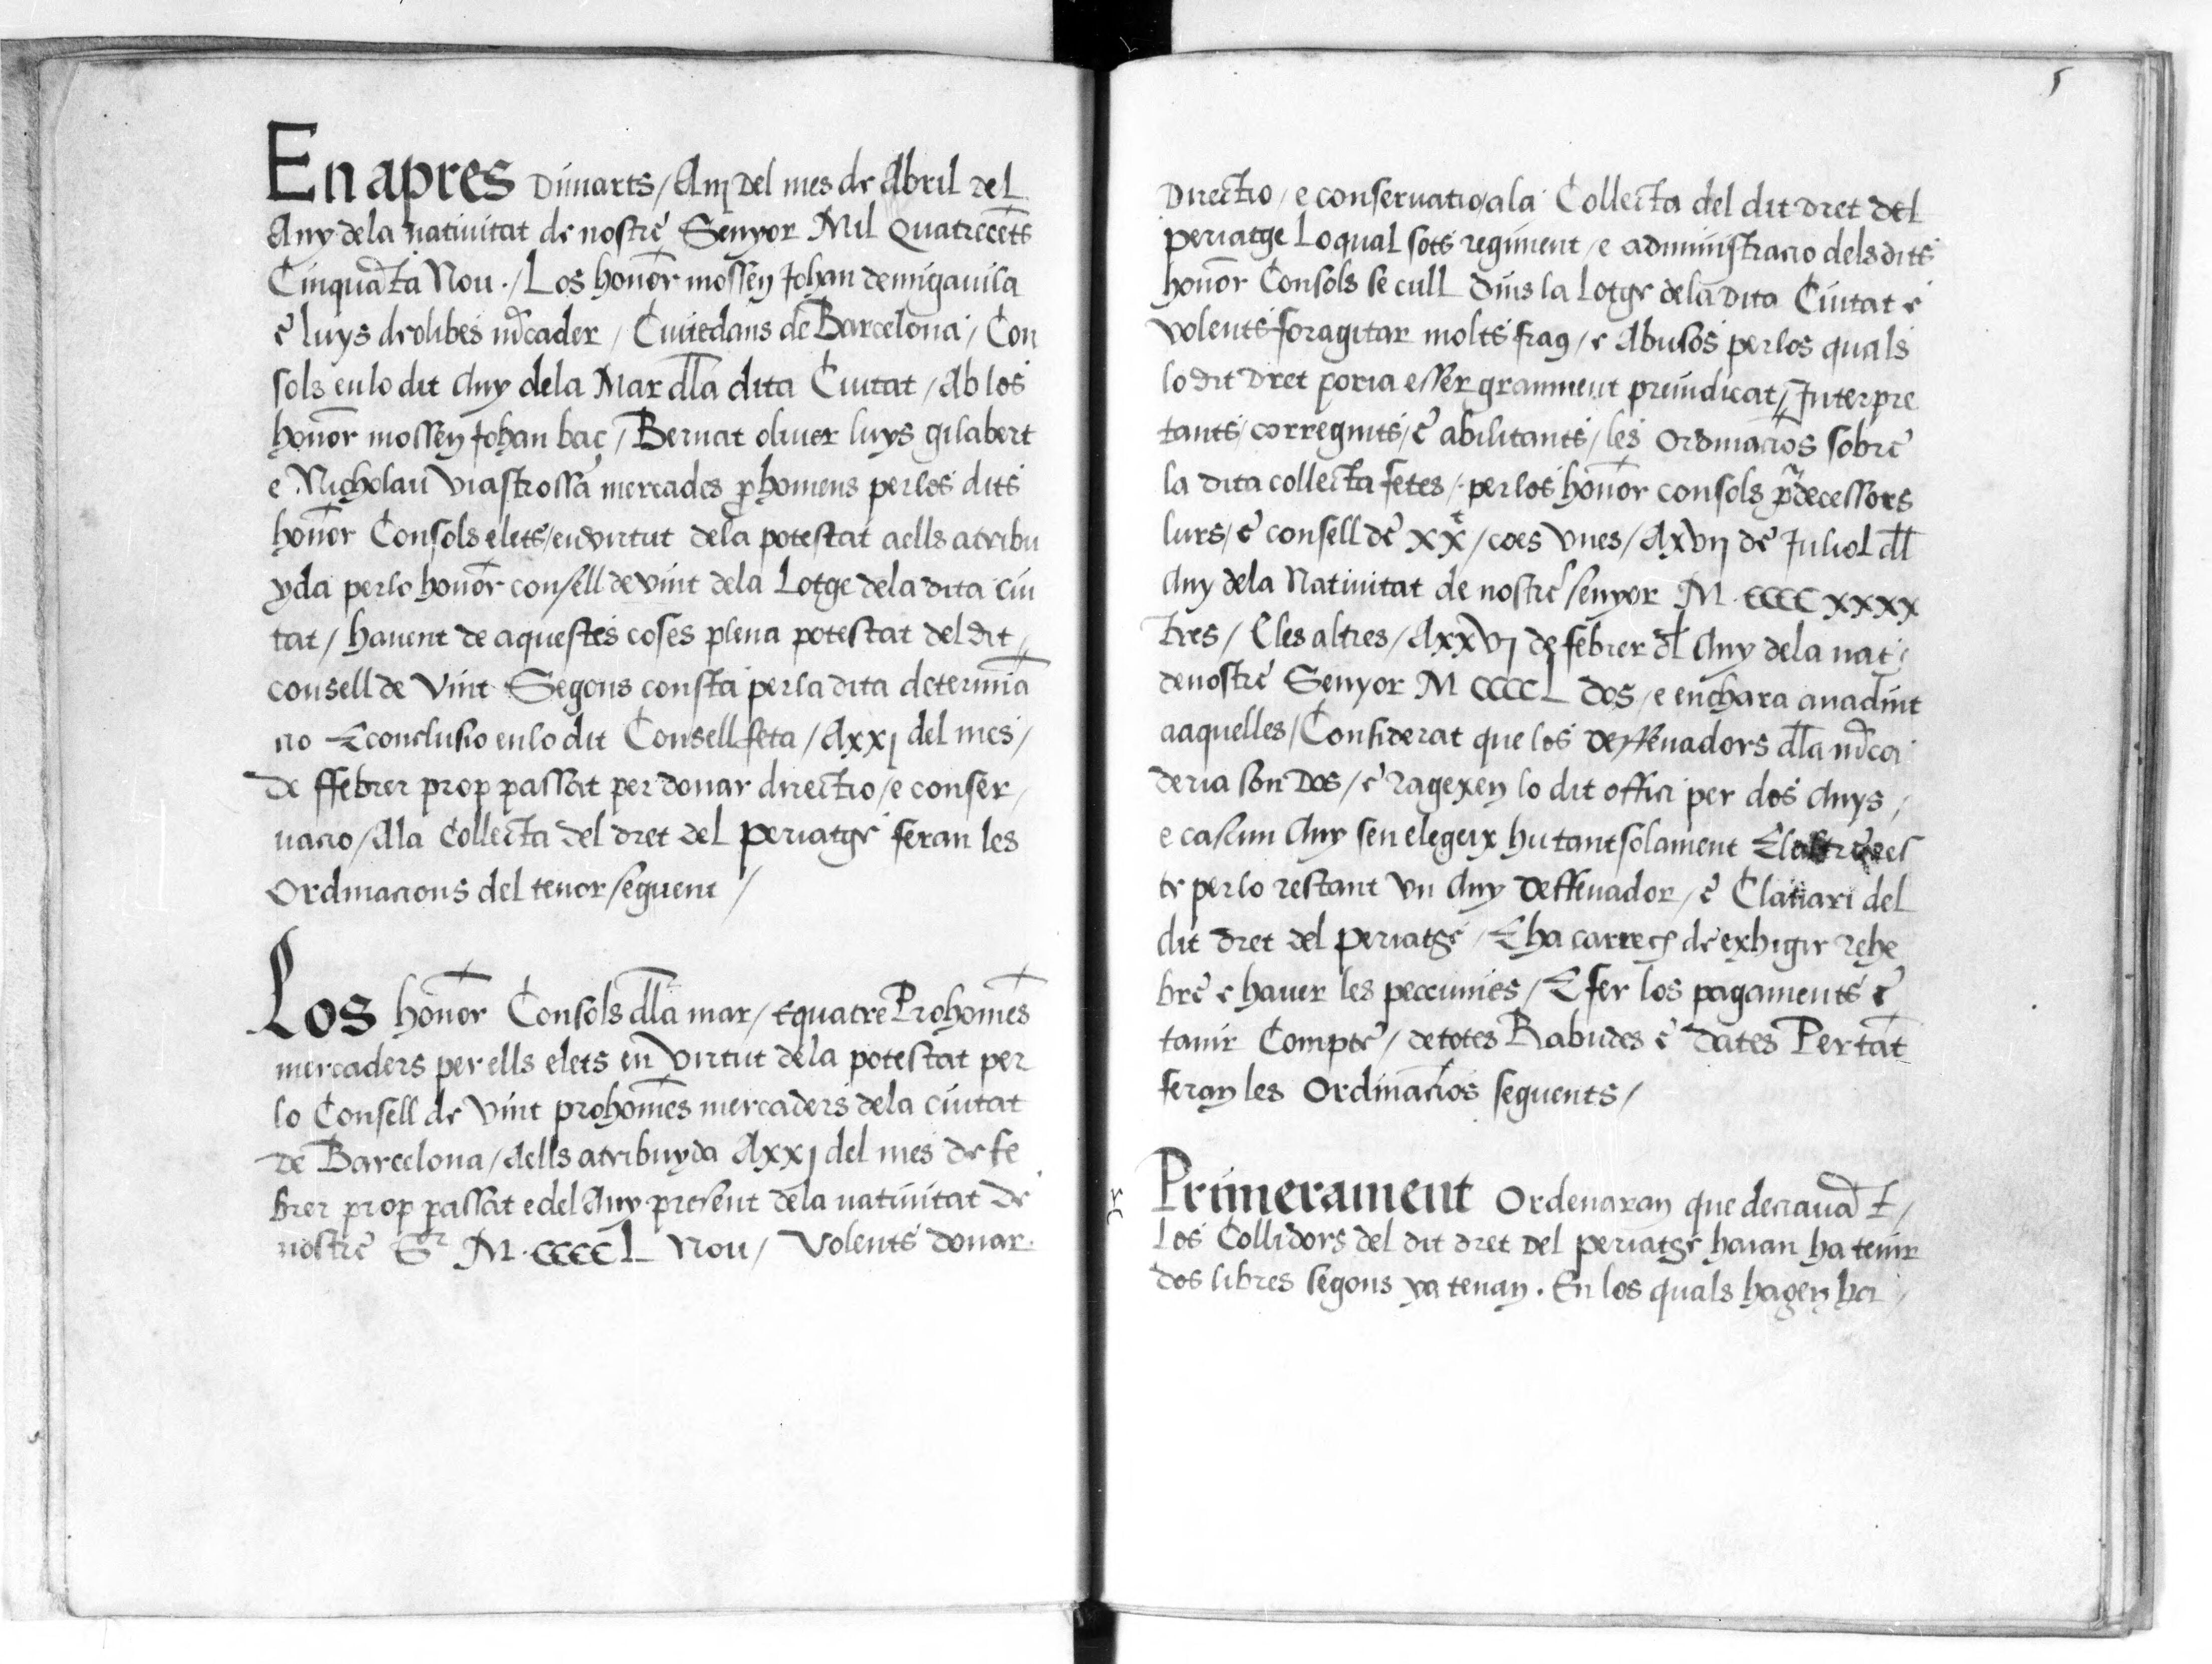
Shelfmark: Paris, BnF, esp. 548
Century: 16